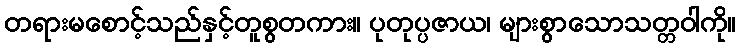
တရားမစောင့်သည်နှင့်တူစွတကား။ ပုတုပ္ပဇာယ၊ များစွာသောသတ္တဝါကို။